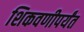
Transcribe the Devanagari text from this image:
शिकवणीपर्यंत